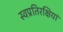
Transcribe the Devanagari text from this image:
स्वप्रतिरक्षियां